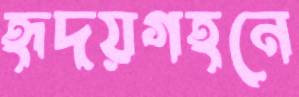
হৃদয়গহনে